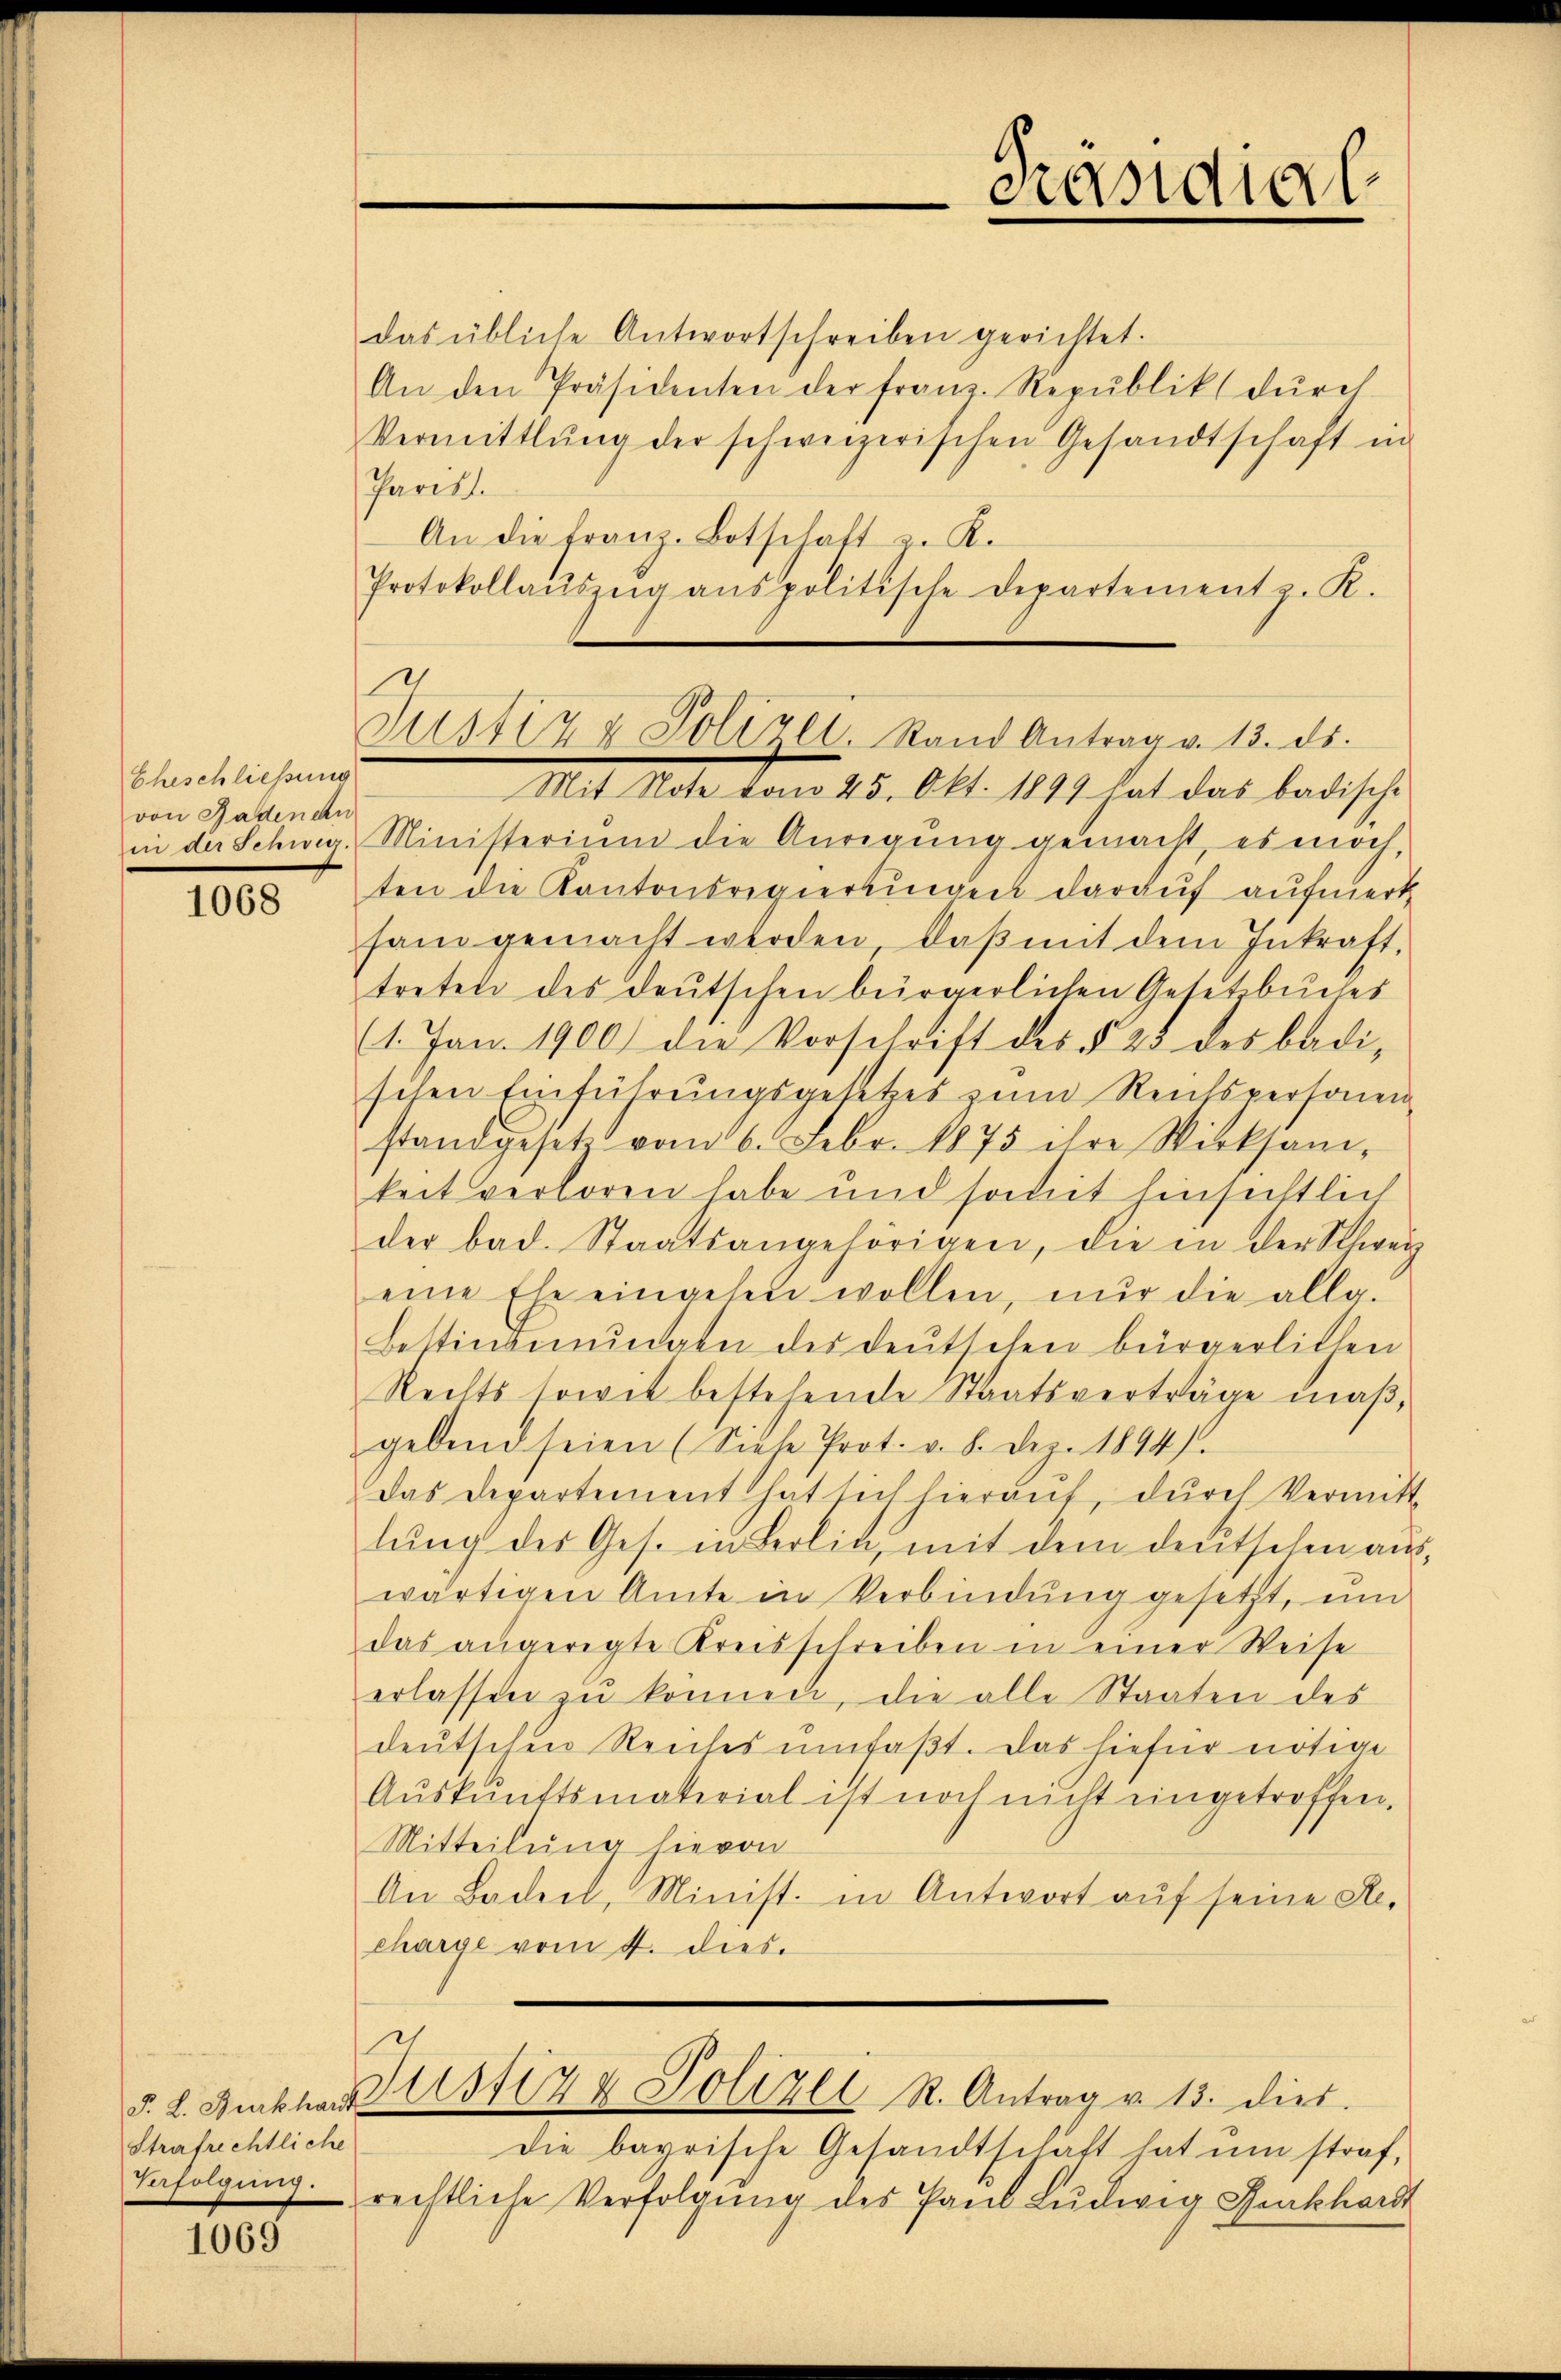
Eheschliessung
von Badenen
in der Schweiz.

1068

Strafrechtliche

1069

das übliche Antwortschreiben gerichtet.
An den Präsidenten der franz. Republik dŭrch
Vermittlung der schweizerischen Gesandtschaft in
Parist.
An die franz-Botschaft z. K.
Protokollaŭszŭg anspolitische Departement z. K.
Ministerium die Anregung gemacht, es noch,
ten die Kantonsregierungen darauf aufmerk
sam gemacht werden, daß mit dem Inkraft,
treten des deutschen bürgerlichen Gesetzbuches
(1. Jan. 1900) die Vorschrift des § 23 des badi-
schen Einführungsgesetzes zum Reitspersonen
stand gesetz vom 6. Febr. 1875 ihre Wirksam-
keit verloren habe und somit hinsichtlich
der bad. Staatsangehörigen, die in der Schweiz
eine Ehe eingehen wollen, nur die allg.
Bestimmungen des deŭtschen bürgerlichen
Rechts sowit bestehende Staatsverträge maβ,
gebend seien (Siehe Prot. v. 8. Dez. 1894).
das Departement hat sich hieraŭf, dŭrch Vermitt
lŭng des Ges. in Berlin, mit dem deutschen anwärtigen Amte in Verbindung gesetzt, um
das angeregte Kreisschreiben in einer Weise
erlassen zu können, die alle Staaten des
deutschen Reiches umfaßt. Das hiefür nötige
Aŭskŭnftsmaterial ist noch nicht eingetroffen.
Mitteilung hievon
An Baden, Minist. in Antwort auf seine Re-
charge vom 4. dies.
§. 2. Furkhart 113117 & Polizei R. Antrag v. 13. dies
Die bayrische Gesandtschaft hat ŭm straf-
verfolgung rechtliche Verfolgung des Paul Ludwig Ruckhardt

Präsidial

Su1417 u. Polizei, Rand Antrag v. 13. ds.
Mit Note vom 25. Okt. 1899 hat das badische